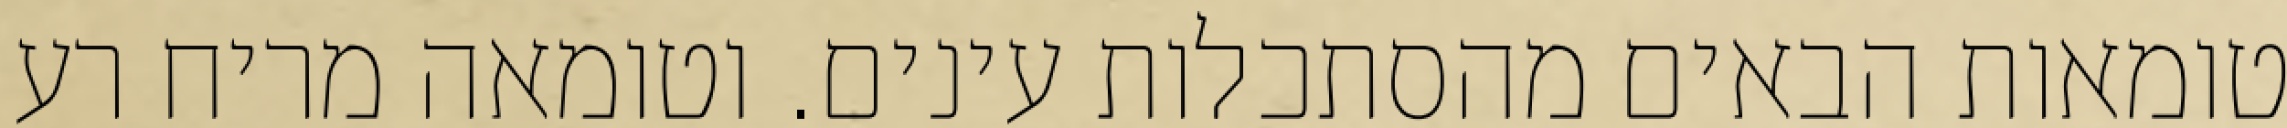
טומאות הבאים מהסתכלות עינים. וטומאה מריח רע